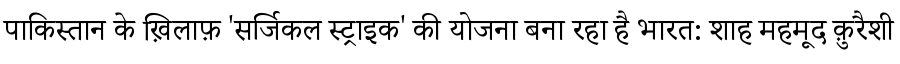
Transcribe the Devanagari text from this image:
पाकिस्तान के ख़िलाफ़ 'सर्जिकल स्ट्राइक' की योजना बना रहा है भारत: शाह महमूद क़ुरैशी